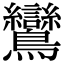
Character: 鸞